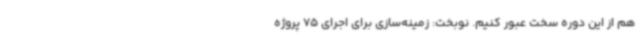
هم از این دوره سخت عبور کنیم. نوبخت: زمینه‌سازی برای اجرای 75 پروژه